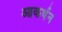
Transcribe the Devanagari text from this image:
आकर्षन